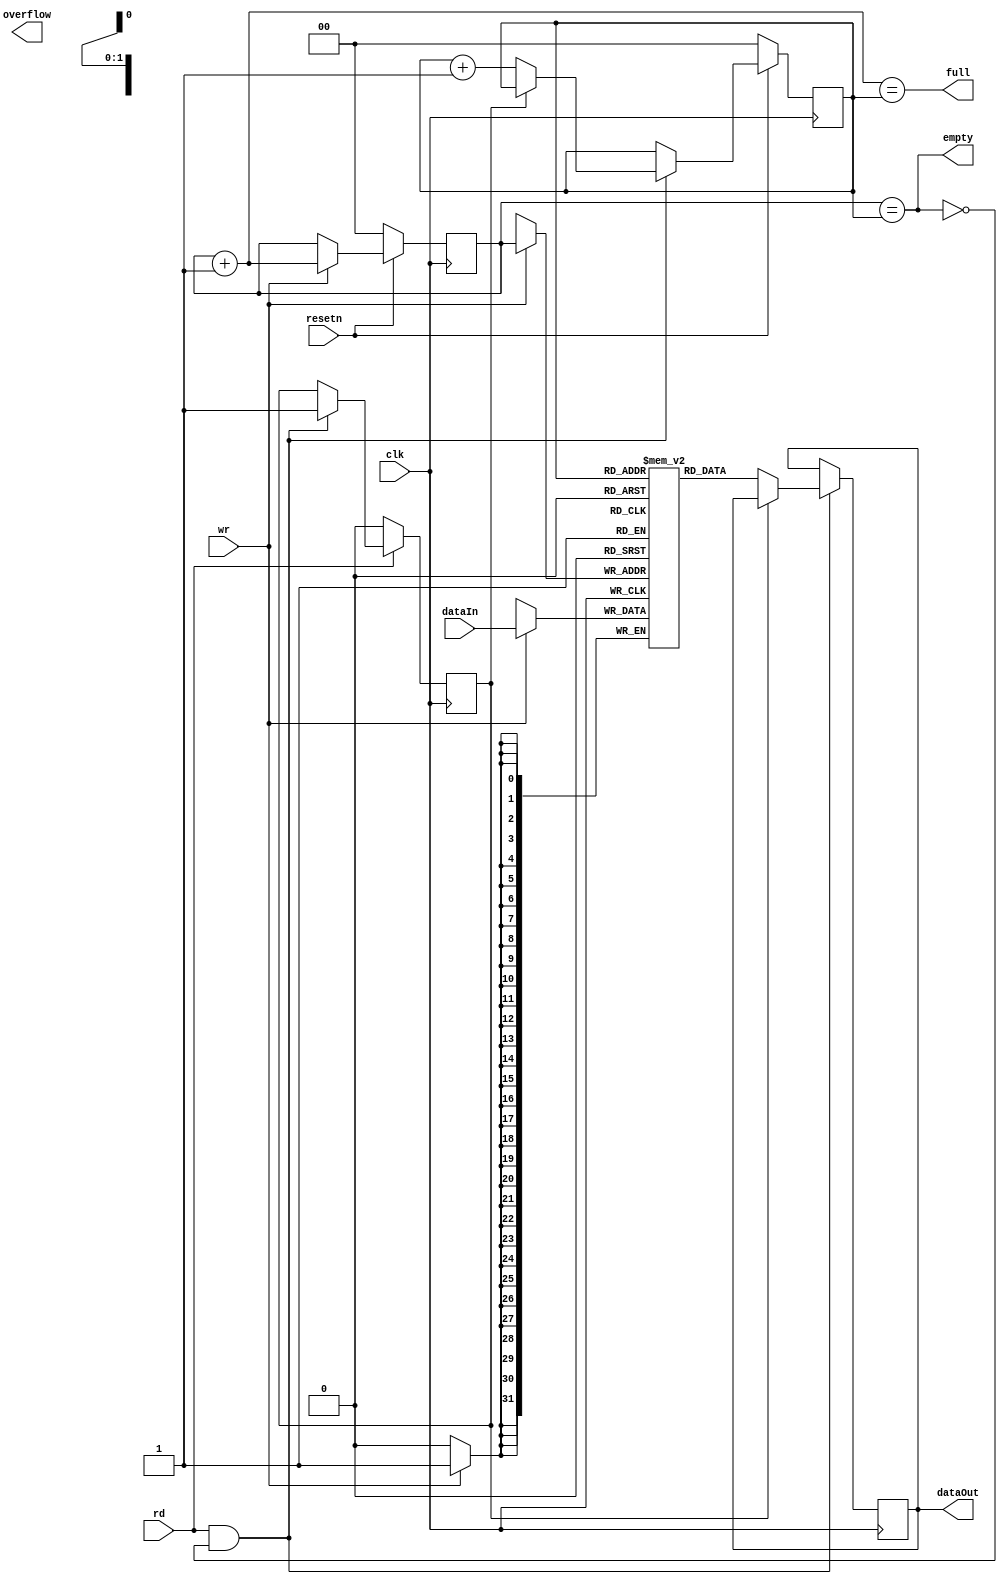
// A FIFO is used for a non-duplex communication between a processor and another

module fifo(clk,resetn,dataIn,dataOut,wr,rd,full,empty,overflow);
  parameter LOGSIZE = 2; //Default size is 4 elements (only 3 reqd)
  parameter WIDTH   = 32; //Default width is 32 bits
  parameter SIZE = 1 << LOGSIZE;

  input clk,resetn,rd,wr;
  input [WIDTH-1:0] dataIn;
  output[WIDTH-1:0] dataOut;

  output full,empty,overflow;

  reg [WIDTH-1:0] fifo[SIZE-1:0] ; //Fifo data stored here
  reg overflow; //true if WR but no room, cleared on RD
  reg [LOGSIZE-1:0] wptr,rptr; //Fifo read and write pointers
  wire [WIDTH-1:0] fifoWire[SIZE-1:0] ; //Fifo data stored here

  reg counter = 0;
  reg [WIDTH-1:0] tempOut;

  wire [LOGSIZE-1:0] wptr_inc = wptr+1;
  assign empty = (wptr==rptr);
  assign full  = (wptr_inc==rptr);
  assign dataOut = tempOut;

  assign fifoWire[0] = fifo[0];

  //always @ (posedge clk) begin
  //  if(reset) begin
  //    wptr<=0;
  //    rptr<=0;
      
  //    fifo[0] <= 32'hdeadbeef;
  //	  fifo[1] <= 32'hdeadbeef;
  //	  fifo[2] <= 32'hdeadbeef;      
  //  end
  //end

  always @ (posedge clk) begin
    if(wr==1) begin
      fifo[wptr]<=dataIn;
      wptr <= wptr + 1;
    end
    if(rd==1&&!empty) begin
      casex(counter)
        0: begin
		  tempOut <= fifo[rptr];
		  rptr <= rptr + 1;
		  counter <= 1;
		end
	  endcase
	end
	
	if(rd==0) begin
	  counter <=0;	        
    end  
    if(resetn==0) begin
      rptr<=0;
      wptr<=0;
    end    
  end  

endmodule